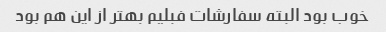
خوب بود البته سفارشات فبلیم بهتر از این هم بود